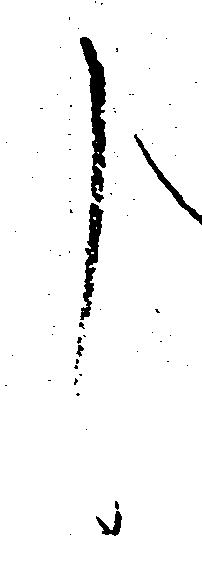
し